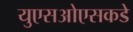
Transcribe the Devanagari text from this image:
युएसओएसकडे